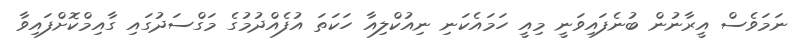
ނަމަވެސް އީރާނުން ބުނެފައިވަނީ މިއީ ހަމައެކަނި ނިއުކްލިއާ ހަކަތަ އުފެއްދުމުގެ މަގްސަދުގައި ގާއިމްކޮށްފައިވާ